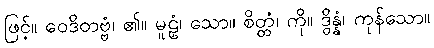
ဖြင့်။ ဝေဒိတဗ္ဗံ၊ ၏။ မူဠှံ၊ သော။ စိတ္တံ၊ ကို။ ဒွိန္နံ၊ ကုန်သော။